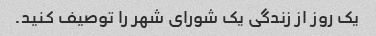
یک روز از زندگی یک شورای شهر را توصیف کنید.